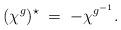
LaTeX: \begin{align*}(\chi^g)^\star \; = \; - \chi^{g^{-1}}.\end{align*}